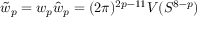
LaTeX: \tilde { w } _ { p } = w _ { p } \hat { w } _ { p } = ( 2 \pi ) ^ { 2 p - 1 1 } V ( S ^ { 8 - p } )